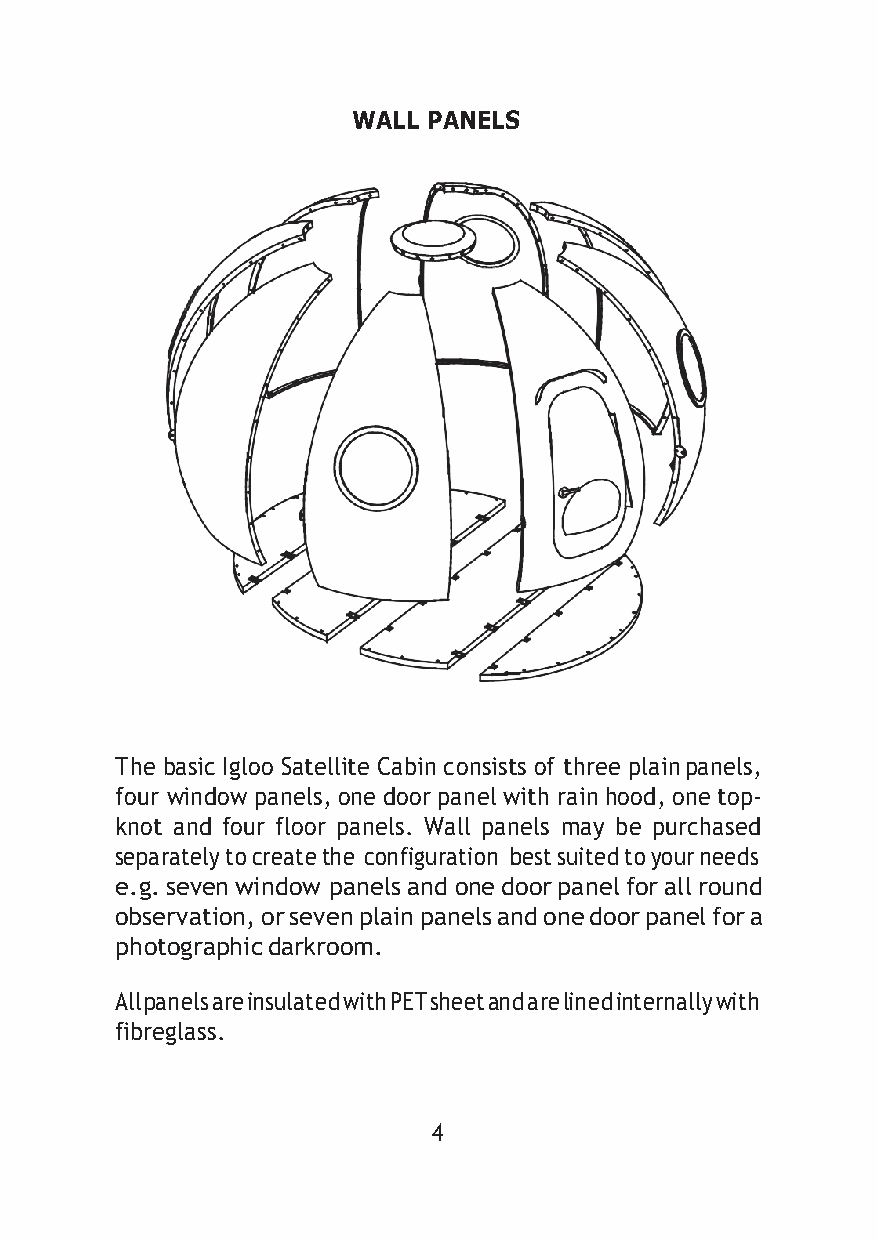
WALL PANELS
 The basic Igloo Satellite Cabin consists of three plain panels,
 four window panels, one door panel with rain hood, one top-
 knot and four floor panels. Wall panels may be purchased
 separately to create the configuration best suited to your needs
 e.g. seven window panels and one door panel for all round
 observation, or seven plain panels and one door panel for a
 photographic darkroom.
 All panels are insulated with PET sheet and are lined internally with
 fibreglass.
 4